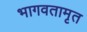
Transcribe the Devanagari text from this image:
भागवतामृत